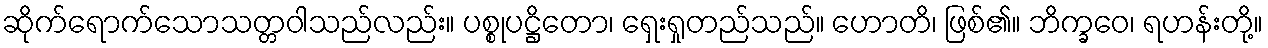
ဆိုက်ရောက်သောသတ္တဝါသည်လည်း။ ပစ္စုပဋ္ဌိတော၊ ရှေးရှုတည်သည်။ ဟောတိ၊ ဖြစ်၏။ ဘိက္ခဝေ၊ ရဟန်းတို့။